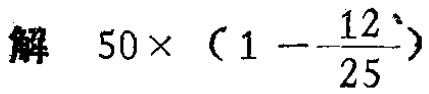
\(50\times\left(1 - \dfrac{12}{25}\right)\)